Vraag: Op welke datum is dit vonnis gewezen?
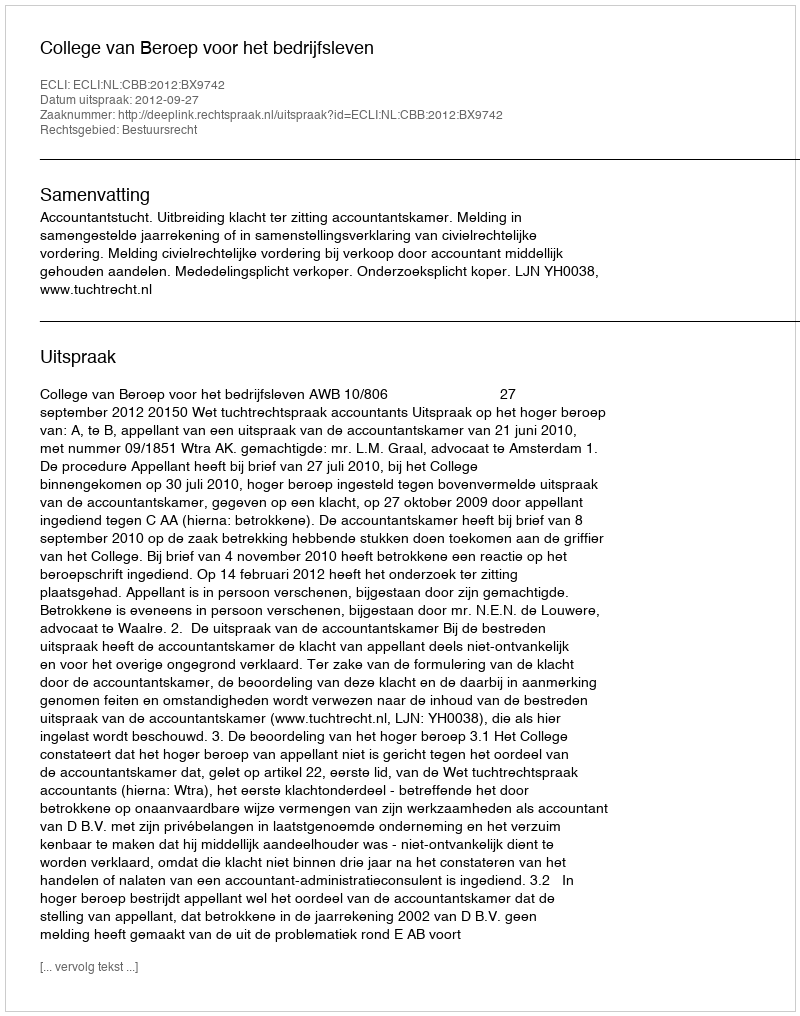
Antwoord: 2012-09-27